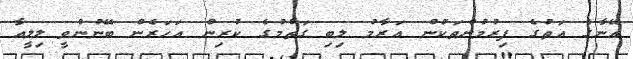
އޭނާގެ އަތުގެ ފިރުމުންތަކުން އަރާމު ލިބި ގަތުމުގެ ކުރިން އަހަރެން ބޭނުންވީ ލިލީއާ